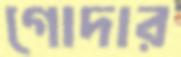
গোদার